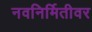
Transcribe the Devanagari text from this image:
नवनिर्मितीवर